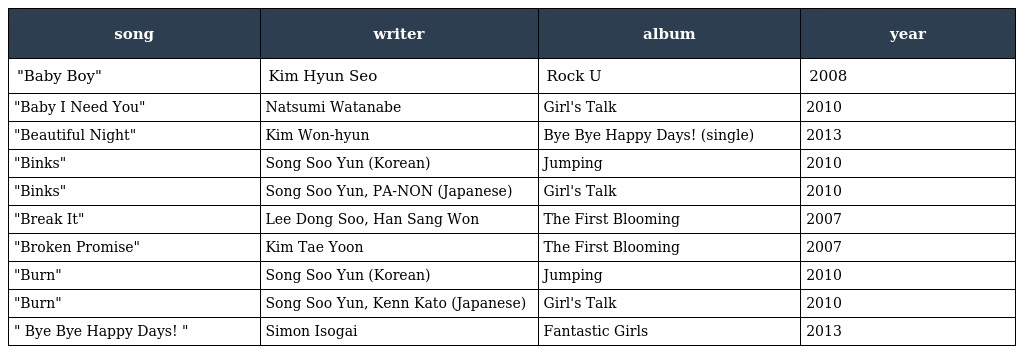
| song | writer | album | year |
 | --- | --- | --- | --- |
 | "Baby Boy" | Kim Hyun Seo | Rock U | 2008 |
 | "Baby I Need You" | Natsumi Watanabe | Girl's Talk | 2010 |
 | "Beautiful Night" | Kim Won-hyun | Bye Bye Happy Days! (single) | 2013 |
 | "Binks" | Song Soo Yun (Korean) | Jumping | 2010 |
 | "Binks" | Song Soo Yun, PA-NON (Japanese) | Girl's Talk | 2010 |
 | "Break It" | Lee Dong Soo, Han Sang Won | The First Blooming | 2007 |
 | "Broken Promise" | Kim Tae Yoon | The First Blooming | 2007 |
 | "Burn" | Song Soo Yun (Korean) | Jumping | 2010 |
 | "Burn" | Song Soo Yun, Kenn Kato (Japanese) | Girl's Talk | 2010 |
 | " Bye Bye Happy Days! " | Simon Isogai | Fantastic Girls | 2013 |